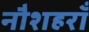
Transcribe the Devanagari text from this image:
नौशहराँ